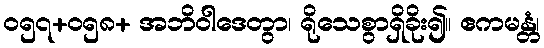
ဝ၅၇+၀၅၈+ အဘိဝါဒေတွာ၊ ရိုသေစွာရှိခိုး၍။ ဧကမန္တံ၊